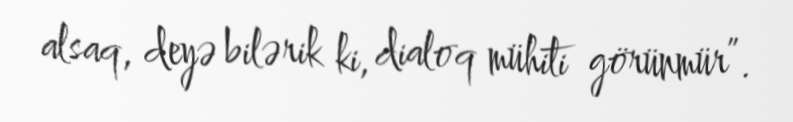
alsaq, deyə bilərik ki, dialoq mühiti görünmür”.